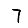
Digit: 7